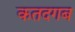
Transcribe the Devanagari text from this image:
कतदगब